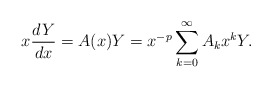
\begin{align*} x \frac{dY}{dx} = A(x) Y = x^{-p} \sum_{k=0}^{\infty} A_k x^k Y. \end{align*}